Statistical return of the lunatic asylum in Assam - 1912-1932
Year: 1912
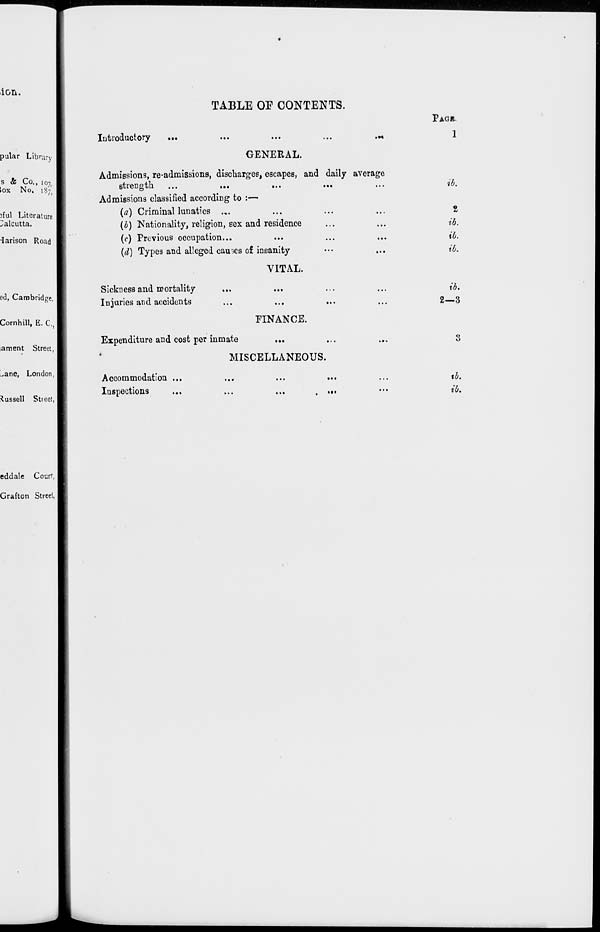
TABLE OE CONTENTS.
-larison Road
Introductory
GENERAL.
Admissions, re-admissions, discharges, escapes, and daily average
strength ...
...
...
...
Admissions classified according to :—
{a) Criminal lunatics .„.
(b) Nationality, religion, sex and residence
(c) Previous occupation...
...
...
...
{d) Types and alleged causes of insanity
VITAL.
Sickness and mortality
Injuries and accidents
...
...
FINANCE.
Expenditure and cost per inmate
...
*
MISCELLANEOUS.
Accommodation ...
Inspections
...
...
...
t
...
PAGK.
ib.
t
ib.
ib.
ib.
ib.
2—3
tb.
ib.